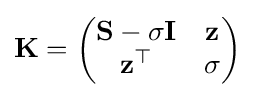
\mathbf {K} ={\begin{pmatrix}\mathbf {S} -\sigma \mathbf {I} &\mathbf {z} \\\mathbf {z} ^{\top }&\sigma \end{pmatrix}}